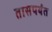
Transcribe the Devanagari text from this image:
तासपर्यंत